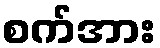
စက်အား